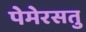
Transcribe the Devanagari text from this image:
पेमेरसतु